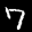
Digit: 7